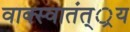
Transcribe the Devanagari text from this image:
वाक्स्वातंत््रय